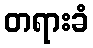
တရားခံ